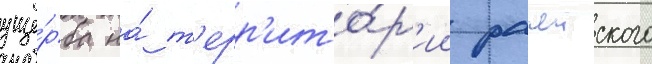
уще́рба на́ т'ерр'ито́р'ии рачеиского